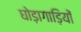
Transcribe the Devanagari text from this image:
घोड़ागाड़ियों